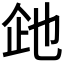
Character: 𬾍